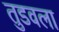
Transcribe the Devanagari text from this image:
तुडवला